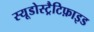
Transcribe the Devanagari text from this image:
स्यूडोस्ट्रैटिफ़ाइड